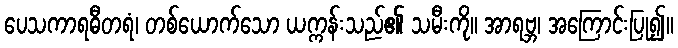
ပေသကာရဓီတရံ၊ တစ်ယောက်သော ယက္ကန်းသည်၏ သမီးကို။ အာရဗ္ဘ၊ အကြောင်းပြု၍။